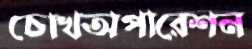
চোখঅপারেশন